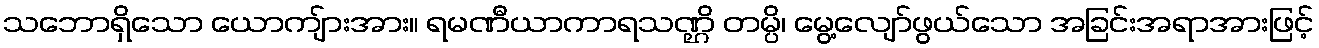
သဘောရှိသော ယောကျ်ားအား။ ရမဏီယာကာရသဏ္ဌိ တမ္ပိ၊ မွေ့လျော်ဖွယ်သော အခြင်းအရာအားဖြင့်